Annual administration and progress report of the Indian Medical Department, Bombay
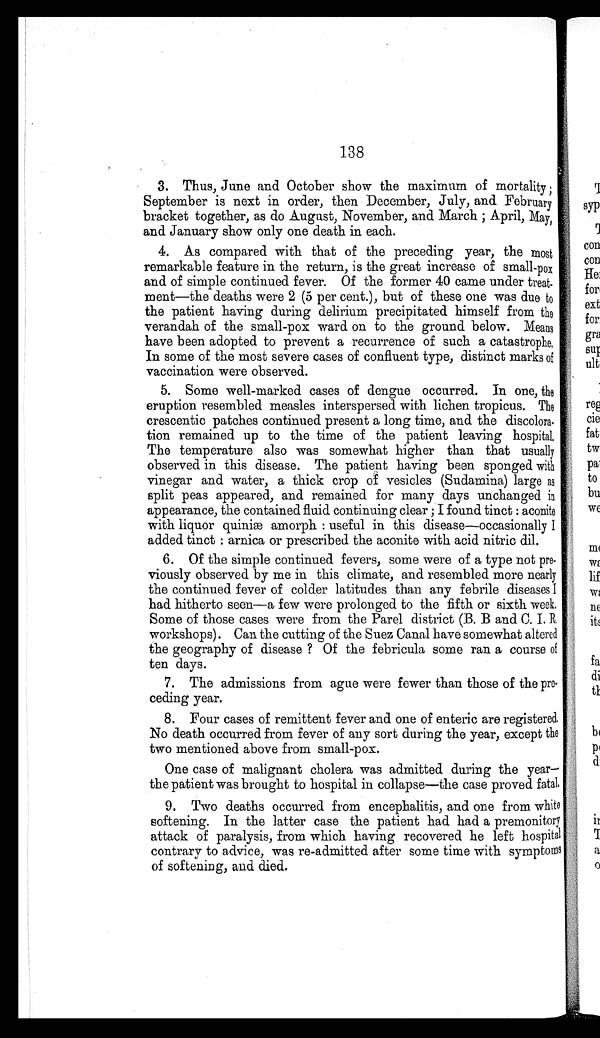
138
3. Thus, June and October show the maximum of mortality;
September is next in order, then December, July, and February
bracket together, as do August, November, and March; April, May,
and January show only one death in each.
4. As compared with that of the preceding year, the most
remarkable feature in the return, is the great increase of small-pox
and of simple continued fever. Of the former 40 came under treat-
ment—the deaths were 2 (5 per cent.), but of these one was due to
the patient having during delirium precipitated himself from the
verandah of the small-pox ward on to the ground below. Means
have been adopted to prevent a recurrence of such a catastrophe.
In some of the most severe cases of confluent type, distinct marks of
vaccination were observed.
5. Some well-marked cases of dengue occurred. In one, the
eruption resembled measles interspersed with lichen tropicus. The
crescentic patches continued present a long time, and the discolora
- t i o n r e m a i n e d u p t o t h e t i m e o f t h e p a t i e n t l e a v i n g h o s p i t a l .
The temperature also was somewhat higher than that usually
observed in this disease. The patient having been sponged with
vinegar and water, a thick crop of vesicles (Sudamina) large as
split peas appeared, and remained for many days unchanged in
appearance, the contained fluid continuing clear; I found tinct : aconite
with liquor quiniæ amorph: useful in this disease—occasionally I
added tinct : arnica or prescribed the aconite with acid nitric dil.
6. Of the simple continued fevers, some were of a type not pre
- v i o u s l y o b s e r v e d b y m e i n t h i s c l i m a t e , a n d r e s e m b l e d m o r e n e a r l y
the continued fever of colder latitudes than any febrile diseases I
had hitherto seen—a few were prolonged to the fifth or sixth week,
Some of those cases were from the Parel district (B. B and C.I. R
workshops). Can the cutting of the Suez Canal have somewhat altered
the geography of disease ? Of the febricula some ran a course of
ten days.
7. The admissions from ague were fewer than those of the pr
e-ceding year.
8. Four cases of remittent fever and one of enteric are registered.
No death occurred from fever of any sort during the year, except the
two mentioned above from small-pox.
One case of malignant cholera was admitted during the year—
the patient was brought to hospital in collapse—the case proved fatal.
9. Two deaths occurred from encephalitis, and one from white
softening. In the latter case the patient had had a premonitory
attack of paralysis, from which having recovered he left hospital
contrary to advice, was re-admitted after some time with symptoms
of softening, and died.